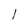
Character: l